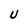
Character: U